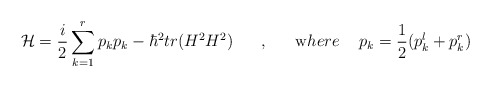
\begin{align*}{\cal H}=\frac {i}{2}\sum_{k=1}^rp_k p_k-\hbar^2 tr (H^2H^2) \hskip 0.7 cm ,\hskip 0.7 cm {\mbox where} \hskip 0.5 cm p_k=\frac{1}{2} (p_k^l+p_k^r)\end{align*}